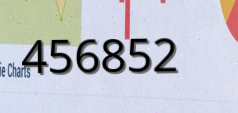
456852